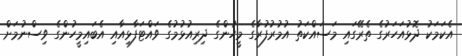
އެކަމަކު ދޮޅުއަހަރުގެ ތެރޭގައި މަސައްކަތު އުމުރުފުރާގެ މީހުންގެ ދިރިއުޅުމުގެ ވައްޓަފާޅިއާއި އެބައިމީހުންގެ ވިސްނުމަށް